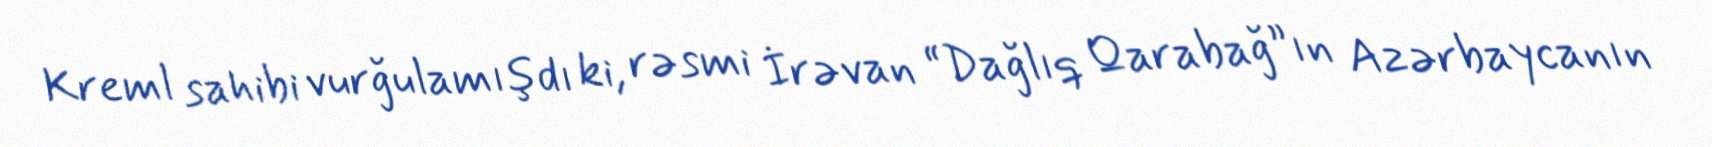
Kreml sahibi vurğulamışdı ki, rəsmi İrəvan “Dağlıq Qarabağ”ın Azərbaycanın